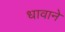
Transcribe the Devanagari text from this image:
धावाने